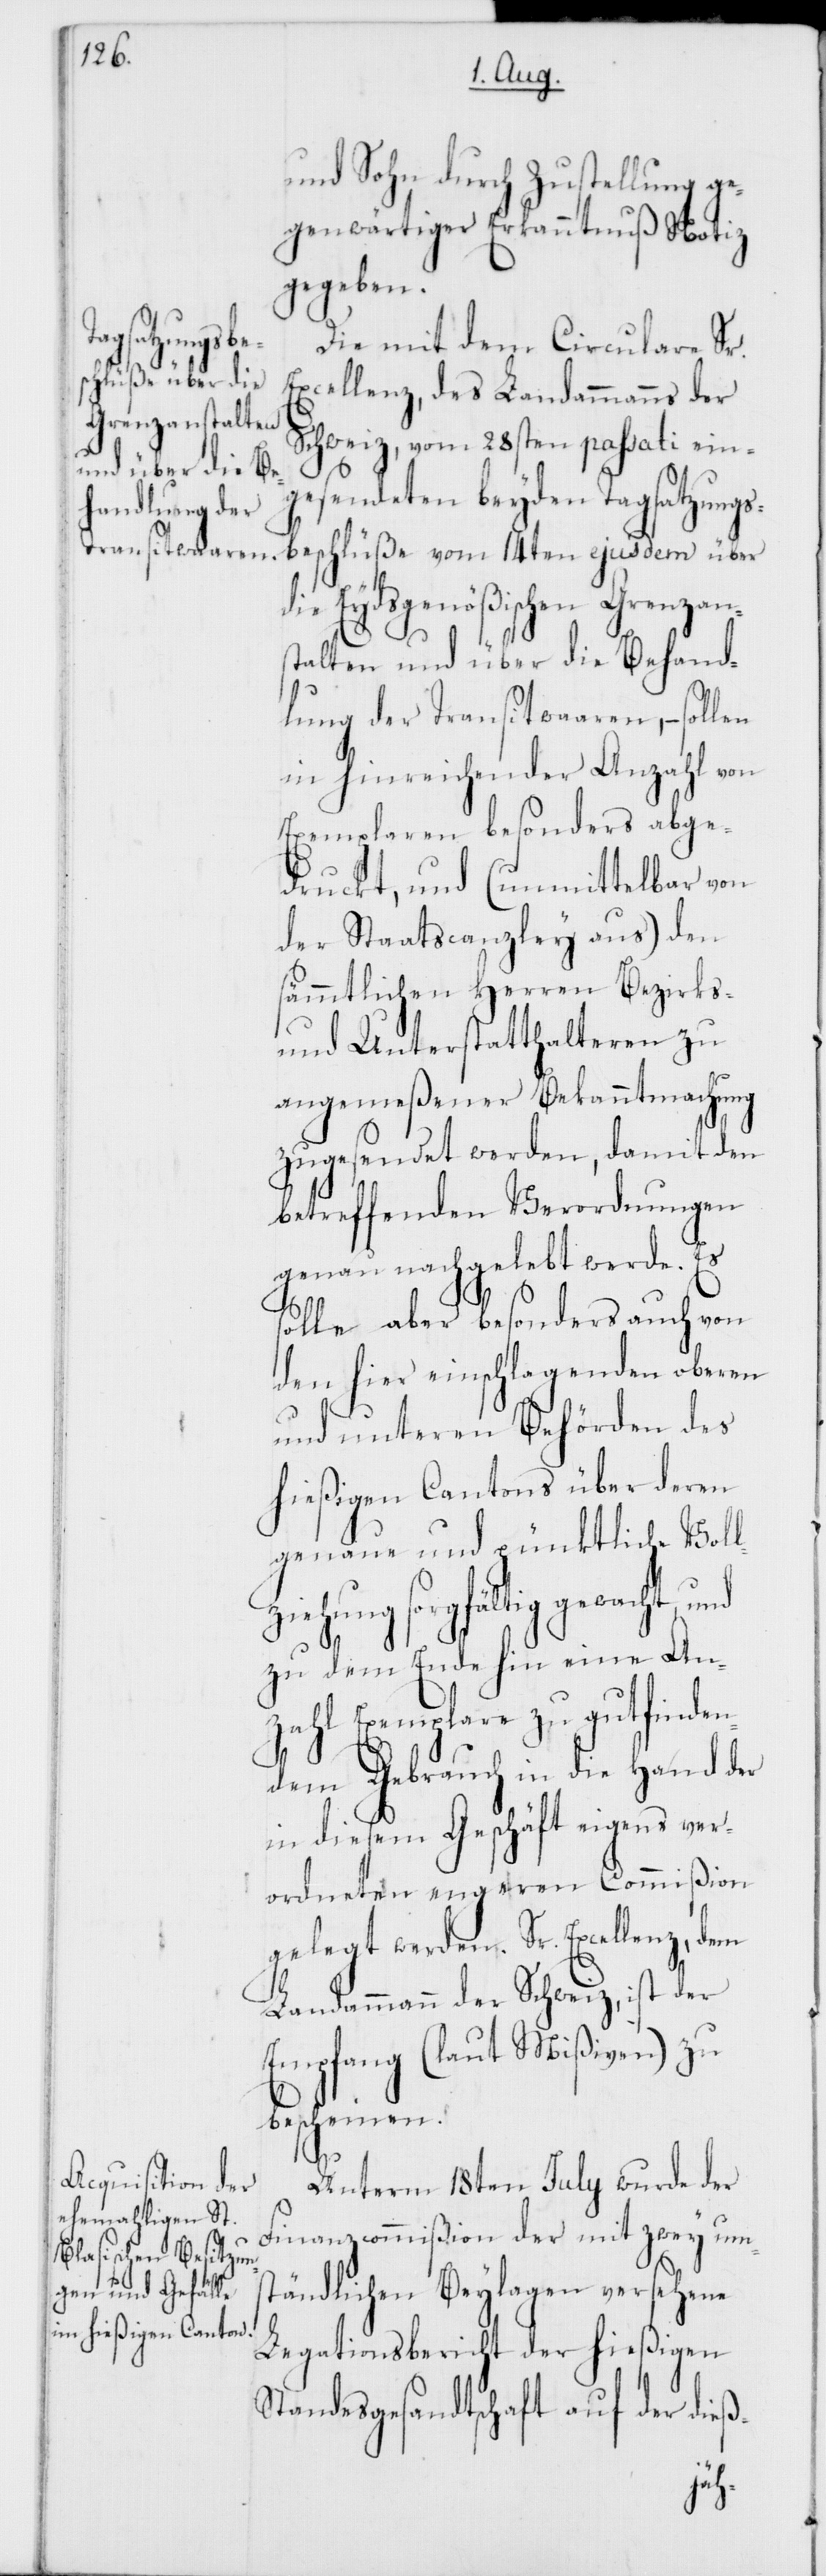
und Sohn durch Zustellung ge¬
genwärtiger Erkanntnuß Notiz
gegeben.
Die mit dem Circulare Sr.
Excellenz, des Landammanns der
Schweiz, vom 28sten passati ein¬
gesendeten beyden Tagsatzungs¬
beschlüße vom 14ten ejusdem über
die Eydsgenößischen Grenzan¬
stalten und über die Behand¬
lung der Transitwaaren, – sollen
in hinreichender Anzahl von
Exemplaren besonders abge¬
druckt, und (unmittelbar von
der Staatscanzley aus) den
sämmtlichen Herren Bezirks-
und Unterstatthalteren zu
angemeßener Bekanntmachung
zugesendet werden, damit den
betreffenden Verordnungen
genau nachgelebt werde. Es
solle aber besonders auch von
den hier einschlagenden oberen
und unteren Behörden des
hießigen Cantons über deren
genaue und pünktliche Voll¬
ziehung sorgfältig gewacht,
zu dem Ende hin eine An¬
zahl Exemplare zu gut finden¬
dem Gebrauch in die Hand der
in diesem Geschäft eigens ver¬
ordneten engeren Commißion
gelegt werden. Sr. Excellenz,
Landammann der Schweiz, ist der
Empfang (laut Mißiven) zu
bescheinen.
Unterm 18ten Julii wurde der
Finanzcommißion der mit zwey ums¬
tändlichen Beylagen versehene
Legationsbericht der hießigen
Standesgesandtschaft auf der dieß-